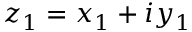
z _ { 1 } = x _ { 1 } + i y _ { 1 }